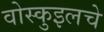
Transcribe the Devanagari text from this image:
वोस्कुइलचे